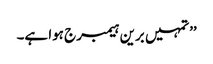
’’تمہیں برین ہیمبرج ہوا ہے۔